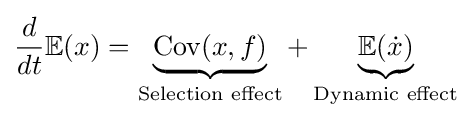
{d \over {dt}}\mathbb {E} (x)=\underbrace {{\text{Cov}}(x,f)} _{\text{Selection effect}}+\underbrace {\mathbb {E} ({\dot {x}})} _{\text{Dynamic effect}}